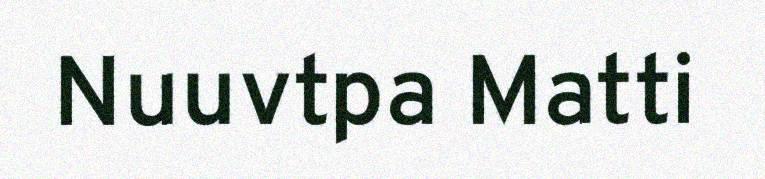
Nuuvtpa Matti